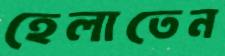
হেলাতেন